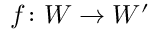
f \colon W \to W ^ { \prime }